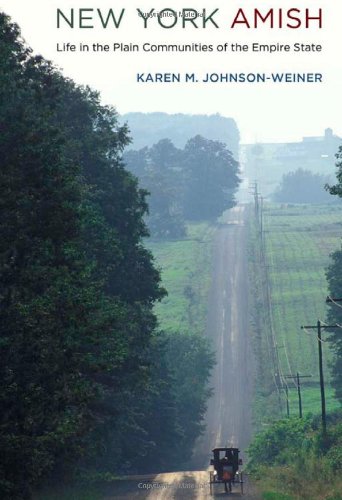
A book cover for New York Amish: Life in the Plain Communities of the Empire State; Karen M. Johnson-Weiner; Christian Books & Bibles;